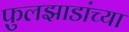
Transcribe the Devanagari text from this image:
फ़ुलझाडांच्या